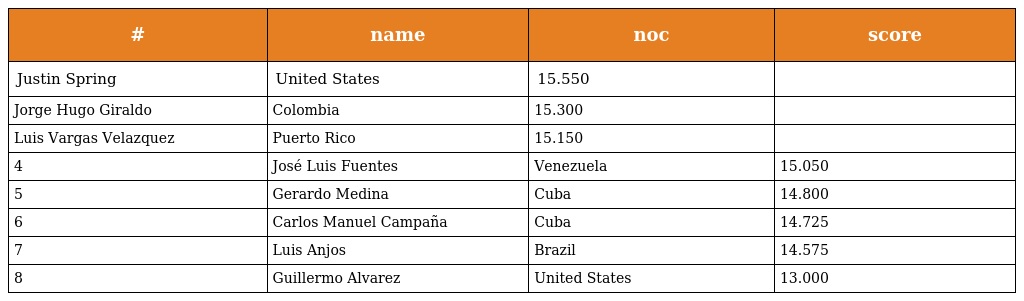
| # | name | noc | score |
 | --- | --- | --- | --- |
 | Justin Spring | United States | 15.550 |  |
 | Jorge Hugo Giraldo | Colombia | 15.300 |  |
 | Luis Vargas Velazquez | Puerto Rico | 15.150 |  |
 | 4 | José Luis Fuentes | Venezuela | 15.050 |
 | 5 | Gerardo Medina | Cuba | 14.800 |
 | 6 | Carlos Manuel Campaña | Cuba | 14.725 |
 | 7 | Luis Anjos | Brazil | 14.575 |
 | 8 | Guillermo Alvarez | United States | 13.000 |